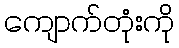
ကျောက်တုံးကို